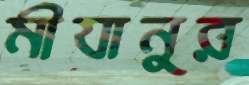
মীযানুর